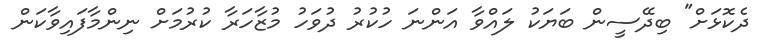
ދެކޮޅަށް" ބިދޭސީން ބަޔަކު ލައްވާ އަންނަ ހުކުރު ދުވަހު މުޒާހަރާ ކުރުމަށް ނިންމާފައިވާކަން